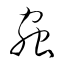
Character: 蟲